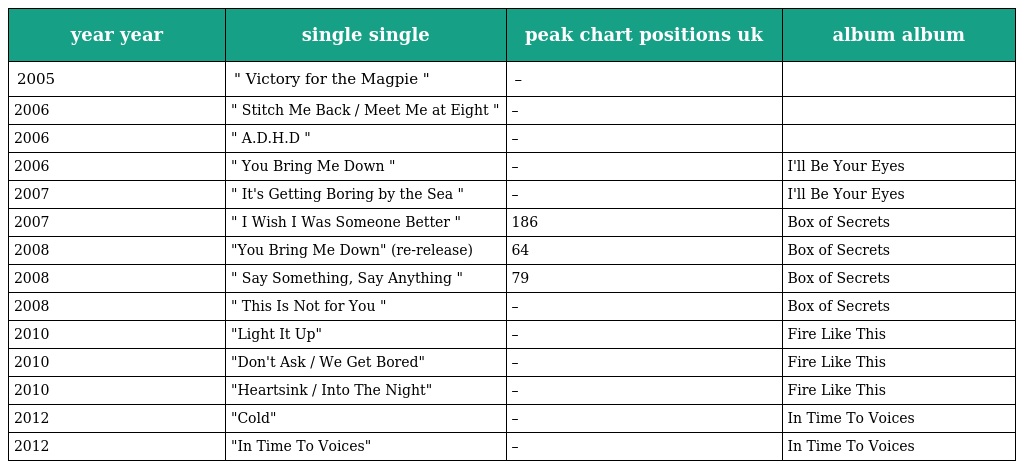
| year year | single single | peak chart positions uk | album album |
 | --- | --- | --- | --- |
 | 2005 | " Victory for the Magpie " | – |  |
 | 2006 | " Stitch Me Back / Meet Me at Eight " | – |  |
 | 2006 | " A.D.H.D " | – |  |
 | 2006 | " You Bring Me Down " | – | I'll Be Your Eyes |
 | 2007 | " It's Getting Boring by the Sea " | – | I'll Be Your Eyes |
 | 2007 | " I Wish I Was Someone Better " | 186 | Box of Secrets |
 | 2008 | "You Bring Me Down" (re-release) | 64 | Box of Secrets |
 | 2008 | " Say Something, Say Anything " | 79 | Box of Secrets |
 | 2008 | " This Is Not for You " | – | Box of Secrets |
 | 2010 | "Light It Up" | – | Fire Like This |
 | 2010 | "Don't Ask / We Get Bored" | – | Fire Like This |
 | 2010 | "Heartsink / Into The Night" | – | Fire Like This |
 | 2012 | "Cold" | – | In Time To Voices |
 | 2012 | "In Time To Voices" | – | In Time To Voices |